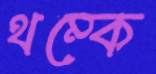
থম্‌কে